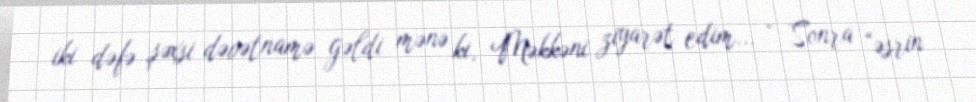
iki dəfə şəxsi dəvətnamə gəldi mənə ki, Məkkəni ziyarət edim... - Sonra “əsrin